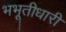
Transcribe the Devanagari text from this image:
भभूतीधारी